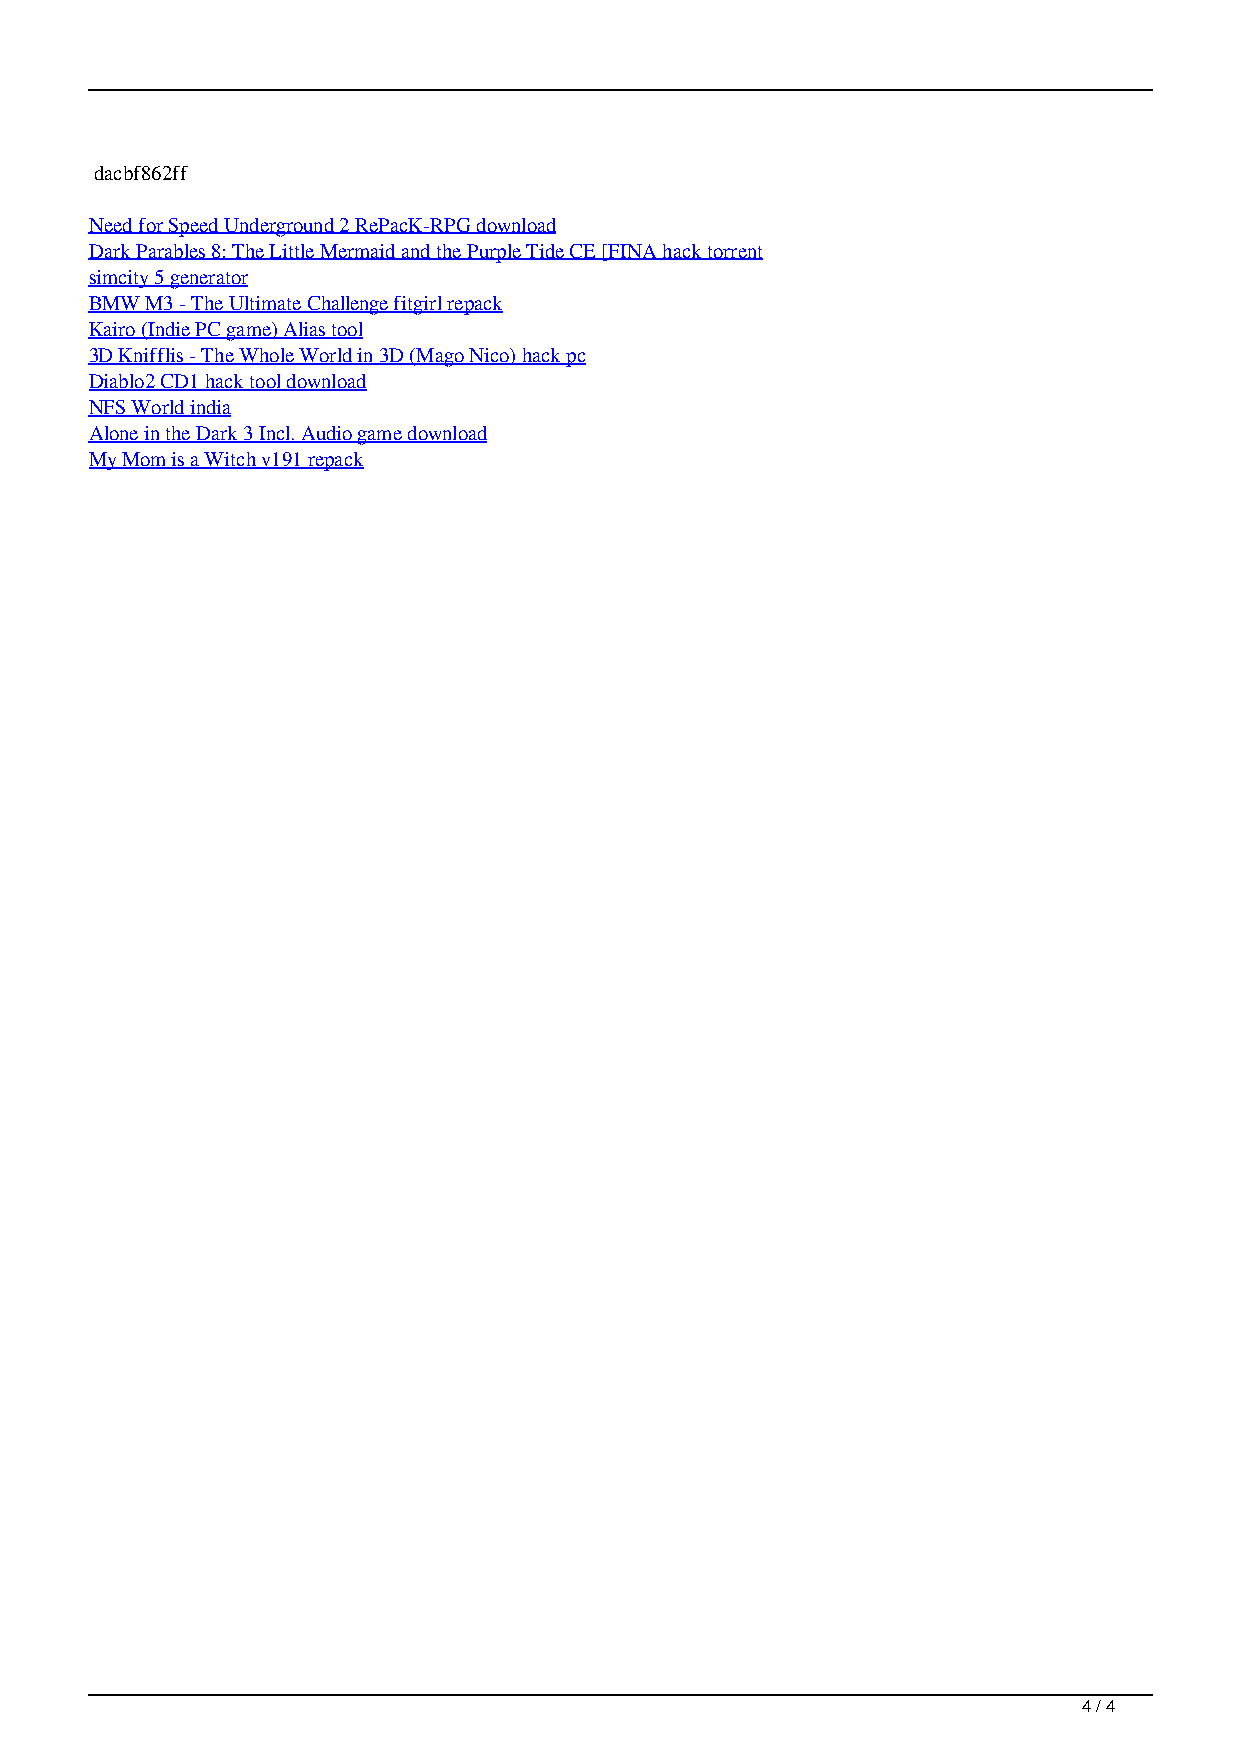
dacbf862ff
 Need for Speed Underground 2 RePacK-RPG download
 Dark Parables 8: The Little Mermaid and the Purple Tide CE [FINA hack torrent
 simcity 5 generator
 BMW M3 - The Ultimate Challenge fitgirl repack
 Kairo (Indie PC game) Alias tool
 3D Knifflis - The Whole World in 3D (Mago Nico) hack pc
 Diablo2 CD1 hack tool download
 NFS World india
 Alone in the Dark 3 Incl. Audio game download
 My Mom is a Witch v191 repack
 4 / 4
 TDUltimateRestockedPLAZA CODEX